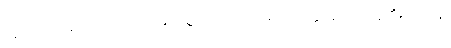
အကြင်အရပ်၌။ ဘဂဝါ၊ မြတ်စွာဘုရားသည်။ အတ္ထိ၊ ရှိတော်မူ၏။ တေန၊